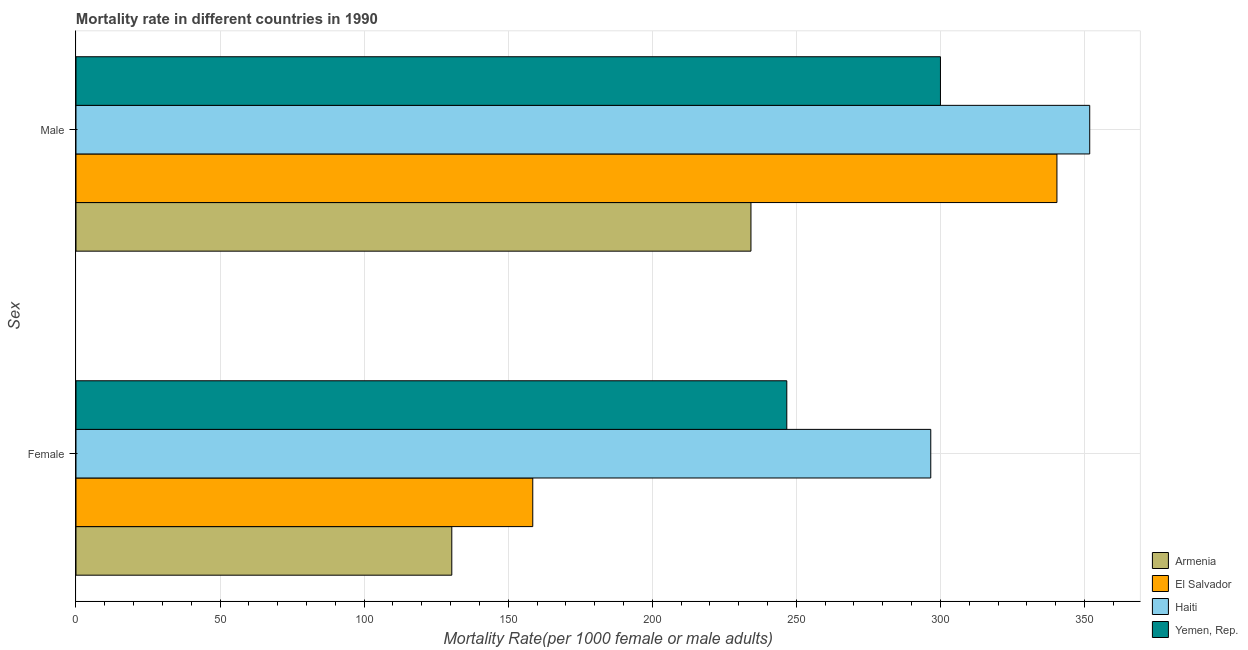
| Sex | Armenia | El Salvador | Haiti | Yemen, Rep. |
 | --- | --- | --- | --- | --- |
 | Female | 130 | 159 | 297 | 247 |
 | Male | 234 | 340 | 352 | 300 |